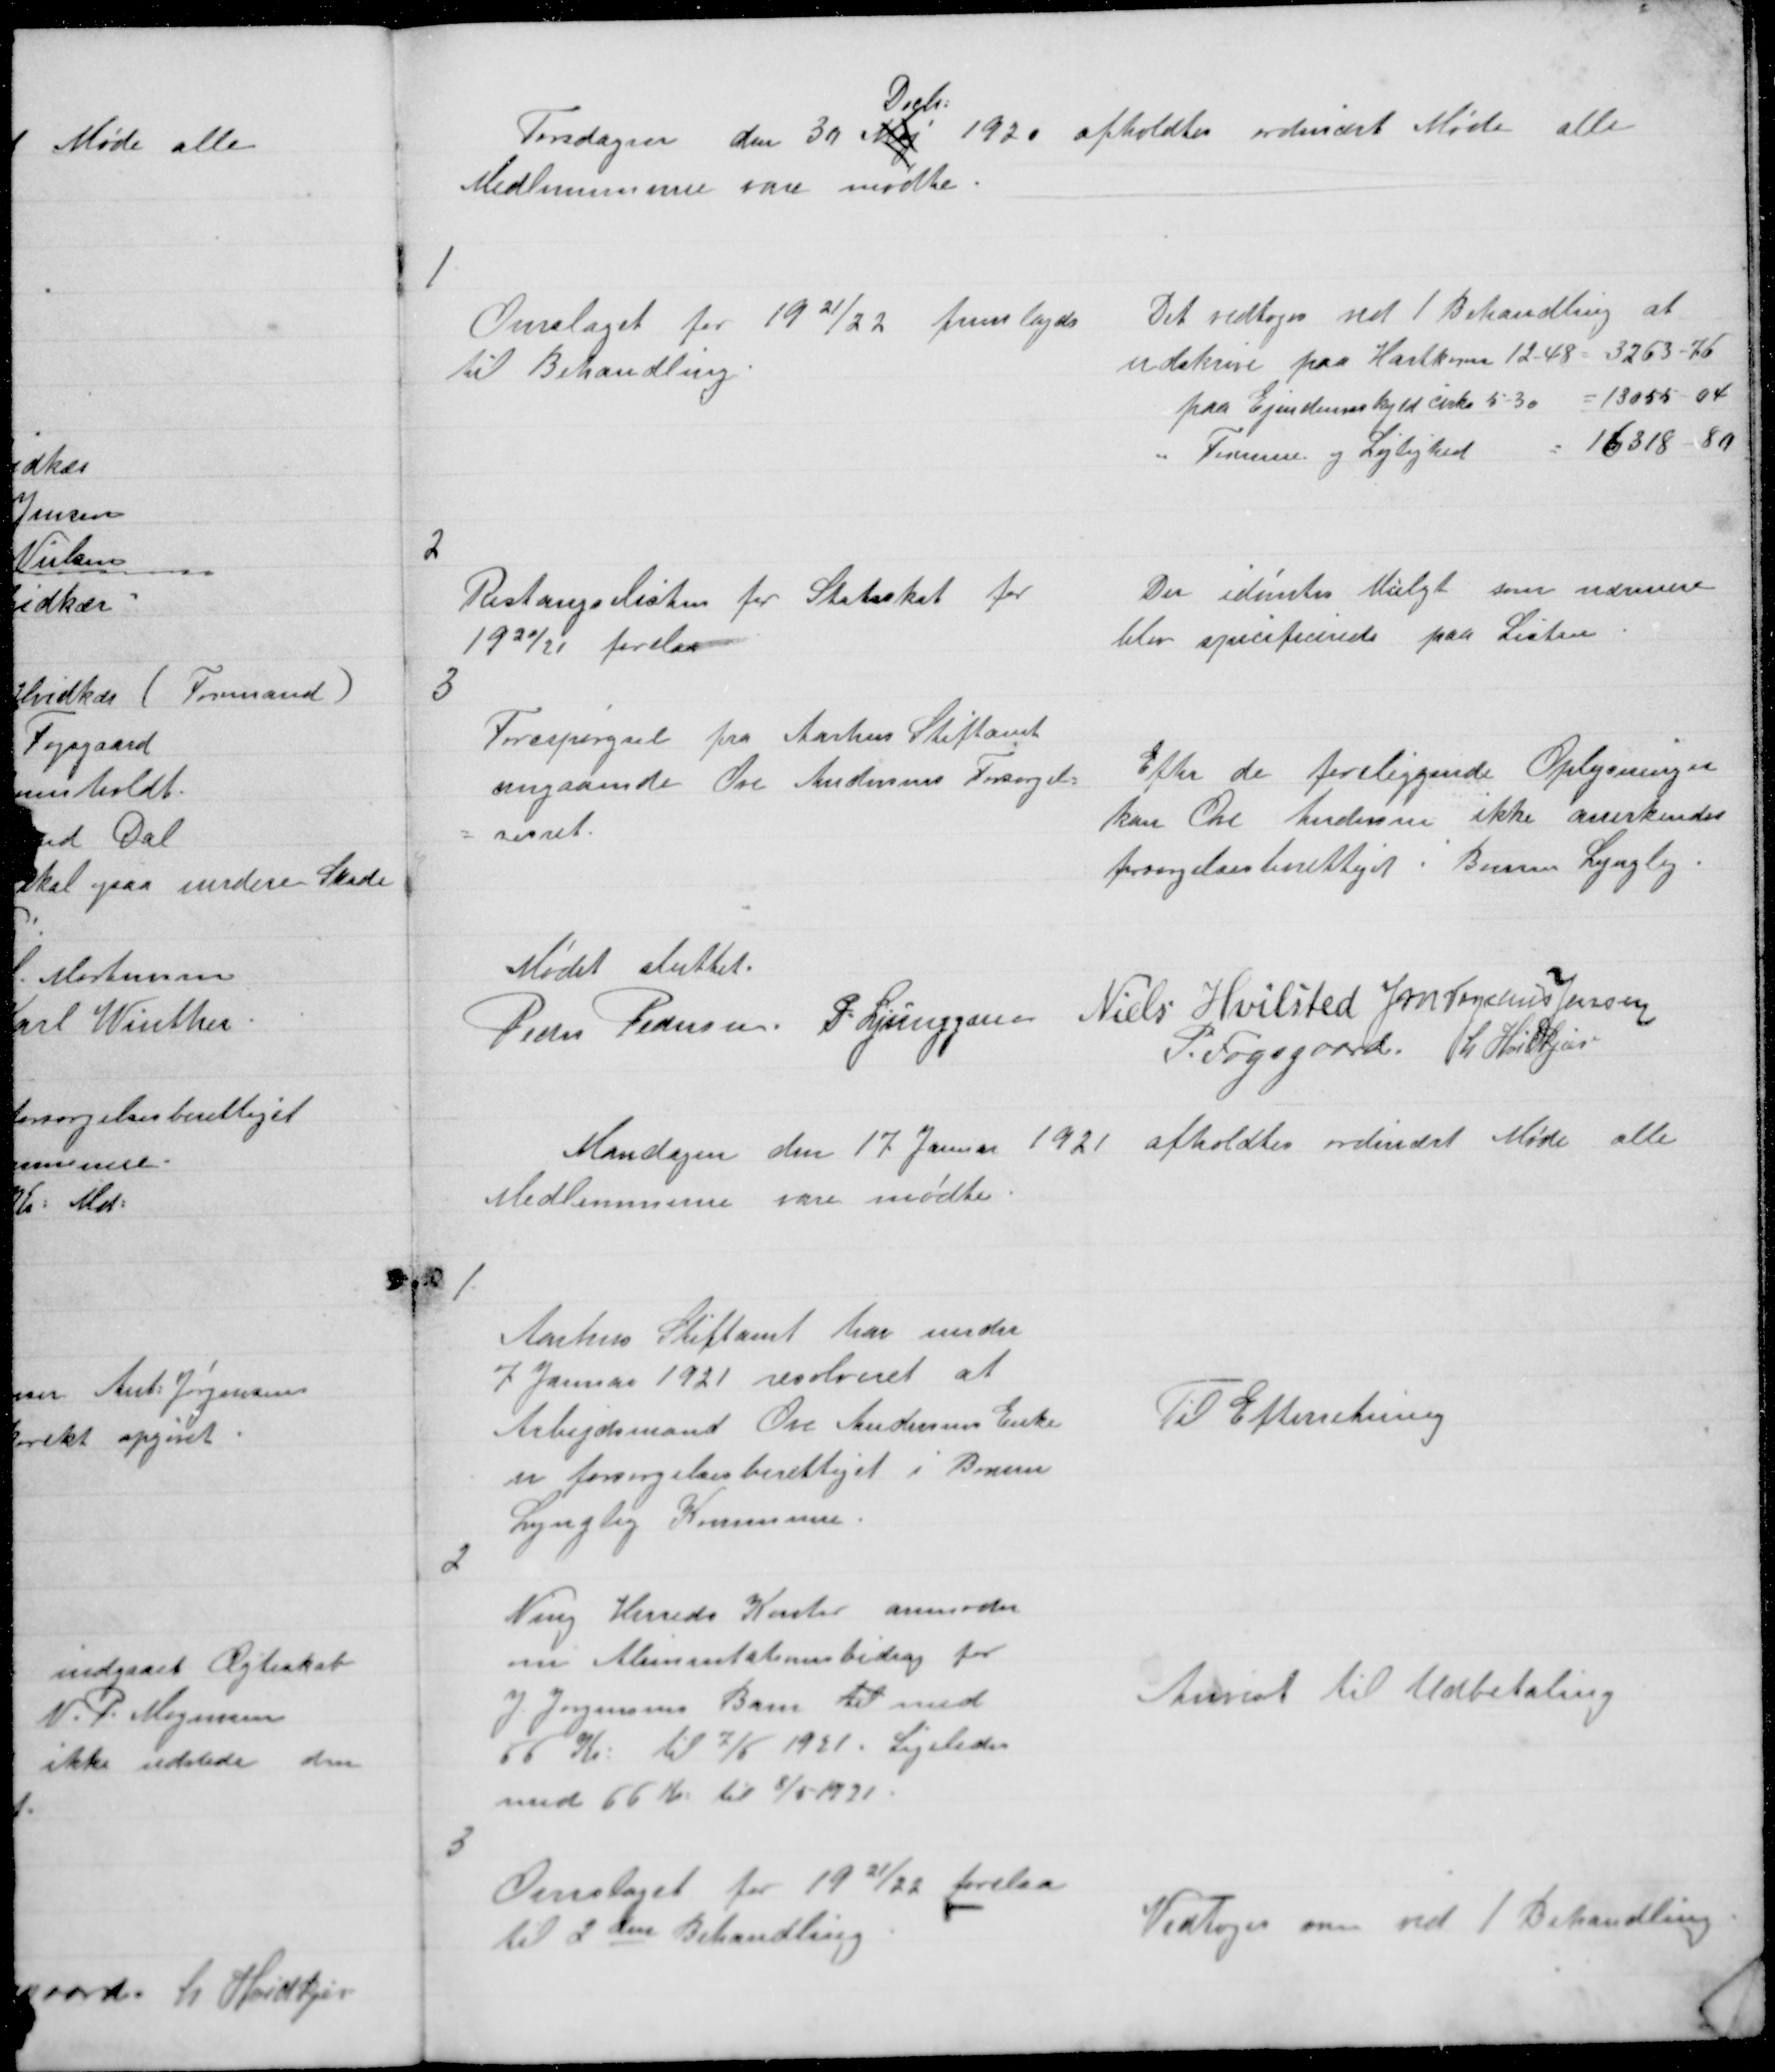
Transskription:
Torsdagen den 30 Maj
Decb:
1920 afholdtes ordinært Møde alle
Medlemmerne vare mødte.

1

Overslaget for 1921/22 fremlagdes
til Behandling.

Det vedtoges ved 1 Behandling at
udskrive paa Hartkorn 12 - 48 = 3263 - 76
paa Ejendomsskyld cirka 5 - 30 = 13055 - 04
" Formue og Lejlighed
= 16318 - 80

2

Restangselisten for Statsskat for
1920/21 forelaa

Der idømtes Mulgt som nærmere
blev specificerede paa Listen.

3

Forespørgsel fra Aarhus Stiftamt
angaaende Ove Andersens Forsørgel=
= sesret.

Efter de foreliggende Oplysninger
kan Ove Andersen ikke anerkendes
forsørgelsesberettiget i Borum Lyngby.

Mødet sluttet
Peder Pedersen P. Ljunggren Niels Hvilsted J M Vogelius Jensen
P. Fogsgaard L Hvidkjær

Mandagen den 17 Januar 1921 afholdtes ordinært Møde alle
Medlemmerne vare mødte.

1

Aarhus Stiftamt har under
7 Januar 1921 resolveret at
Arbejdsmand Ove Andersens Enke
er forsørgelsesberettiget i Borum
Lyngby Kommune.

Til Efterretning

2

Ning Herreds Kontor anmoder
om Alimantationsbidrag for
J. Jørgensens Barn til med
66 Kr: til 7/5 1921. Ligeledes
med 66 Kr: til 8/5 1921.

Anvist til Udbetaling

3

Overslaget for 1921/22 forelaa
til 2 den Behandling.

Vedtoges som ved 1 Behandling